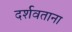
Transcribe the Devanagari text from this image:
दर्शवताना